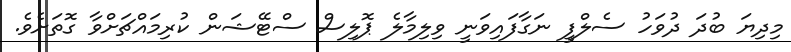
މިދިޔަ ބުދަ ދުވަހު ސެލްފީ ނަގާފައިވަނީ ވިލިމާލެ ޕޮލިސް ސްޓޭޝަން ކުރިމައްޗަށްވާ ގޮތަށެވެ.